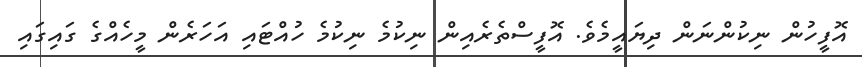
އޮފީހުން ނިކުންނަން ދިޔައީމެވެ. އޮފީސްތެރެއިން ނިކުމެ ނިކުމެ ހުއްޓައި އަހަރެން މީހެއްގެ ގައިގައި